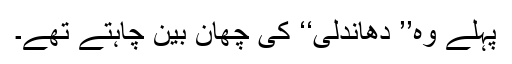
پہلے وہ’’ دھاندلی‘‘ کی چھان بین چاہتے تھے۔